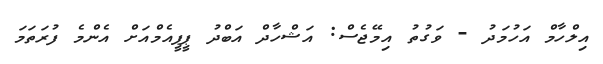
އިލްހާމް އަހުމަދު - ވަގުތު އިމޭޖެސް: އަޝްހާދް އަބްދު ޕީޕީއެމްއަށް އެންމެ ފުރަތަމަ